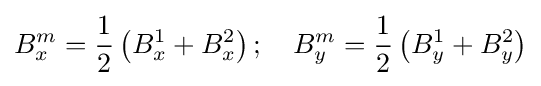
B_{x}^{m}={\frac {1}{2}}\left(B_{x}^{1}+B_{x}^{2}\right);\quad B_{y}^{m}={\frac {1}{2}}\left(B_{y}^{1}+B_{y}^{2}\right)